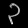
Digit: ၃